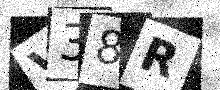
Text: V38R